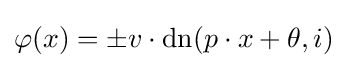
\varphi (x)=\pm v\cdot {\rm {dn}}(p\cdot x+\theta ,i)